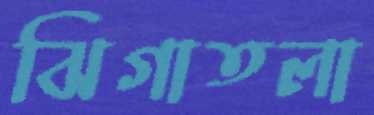
ঝিগাতলা